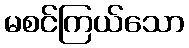
မစင်ကြယ်သော